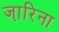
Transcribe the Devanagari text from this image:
जा़रिना